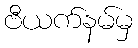
ဗီယက်နမ်မှ